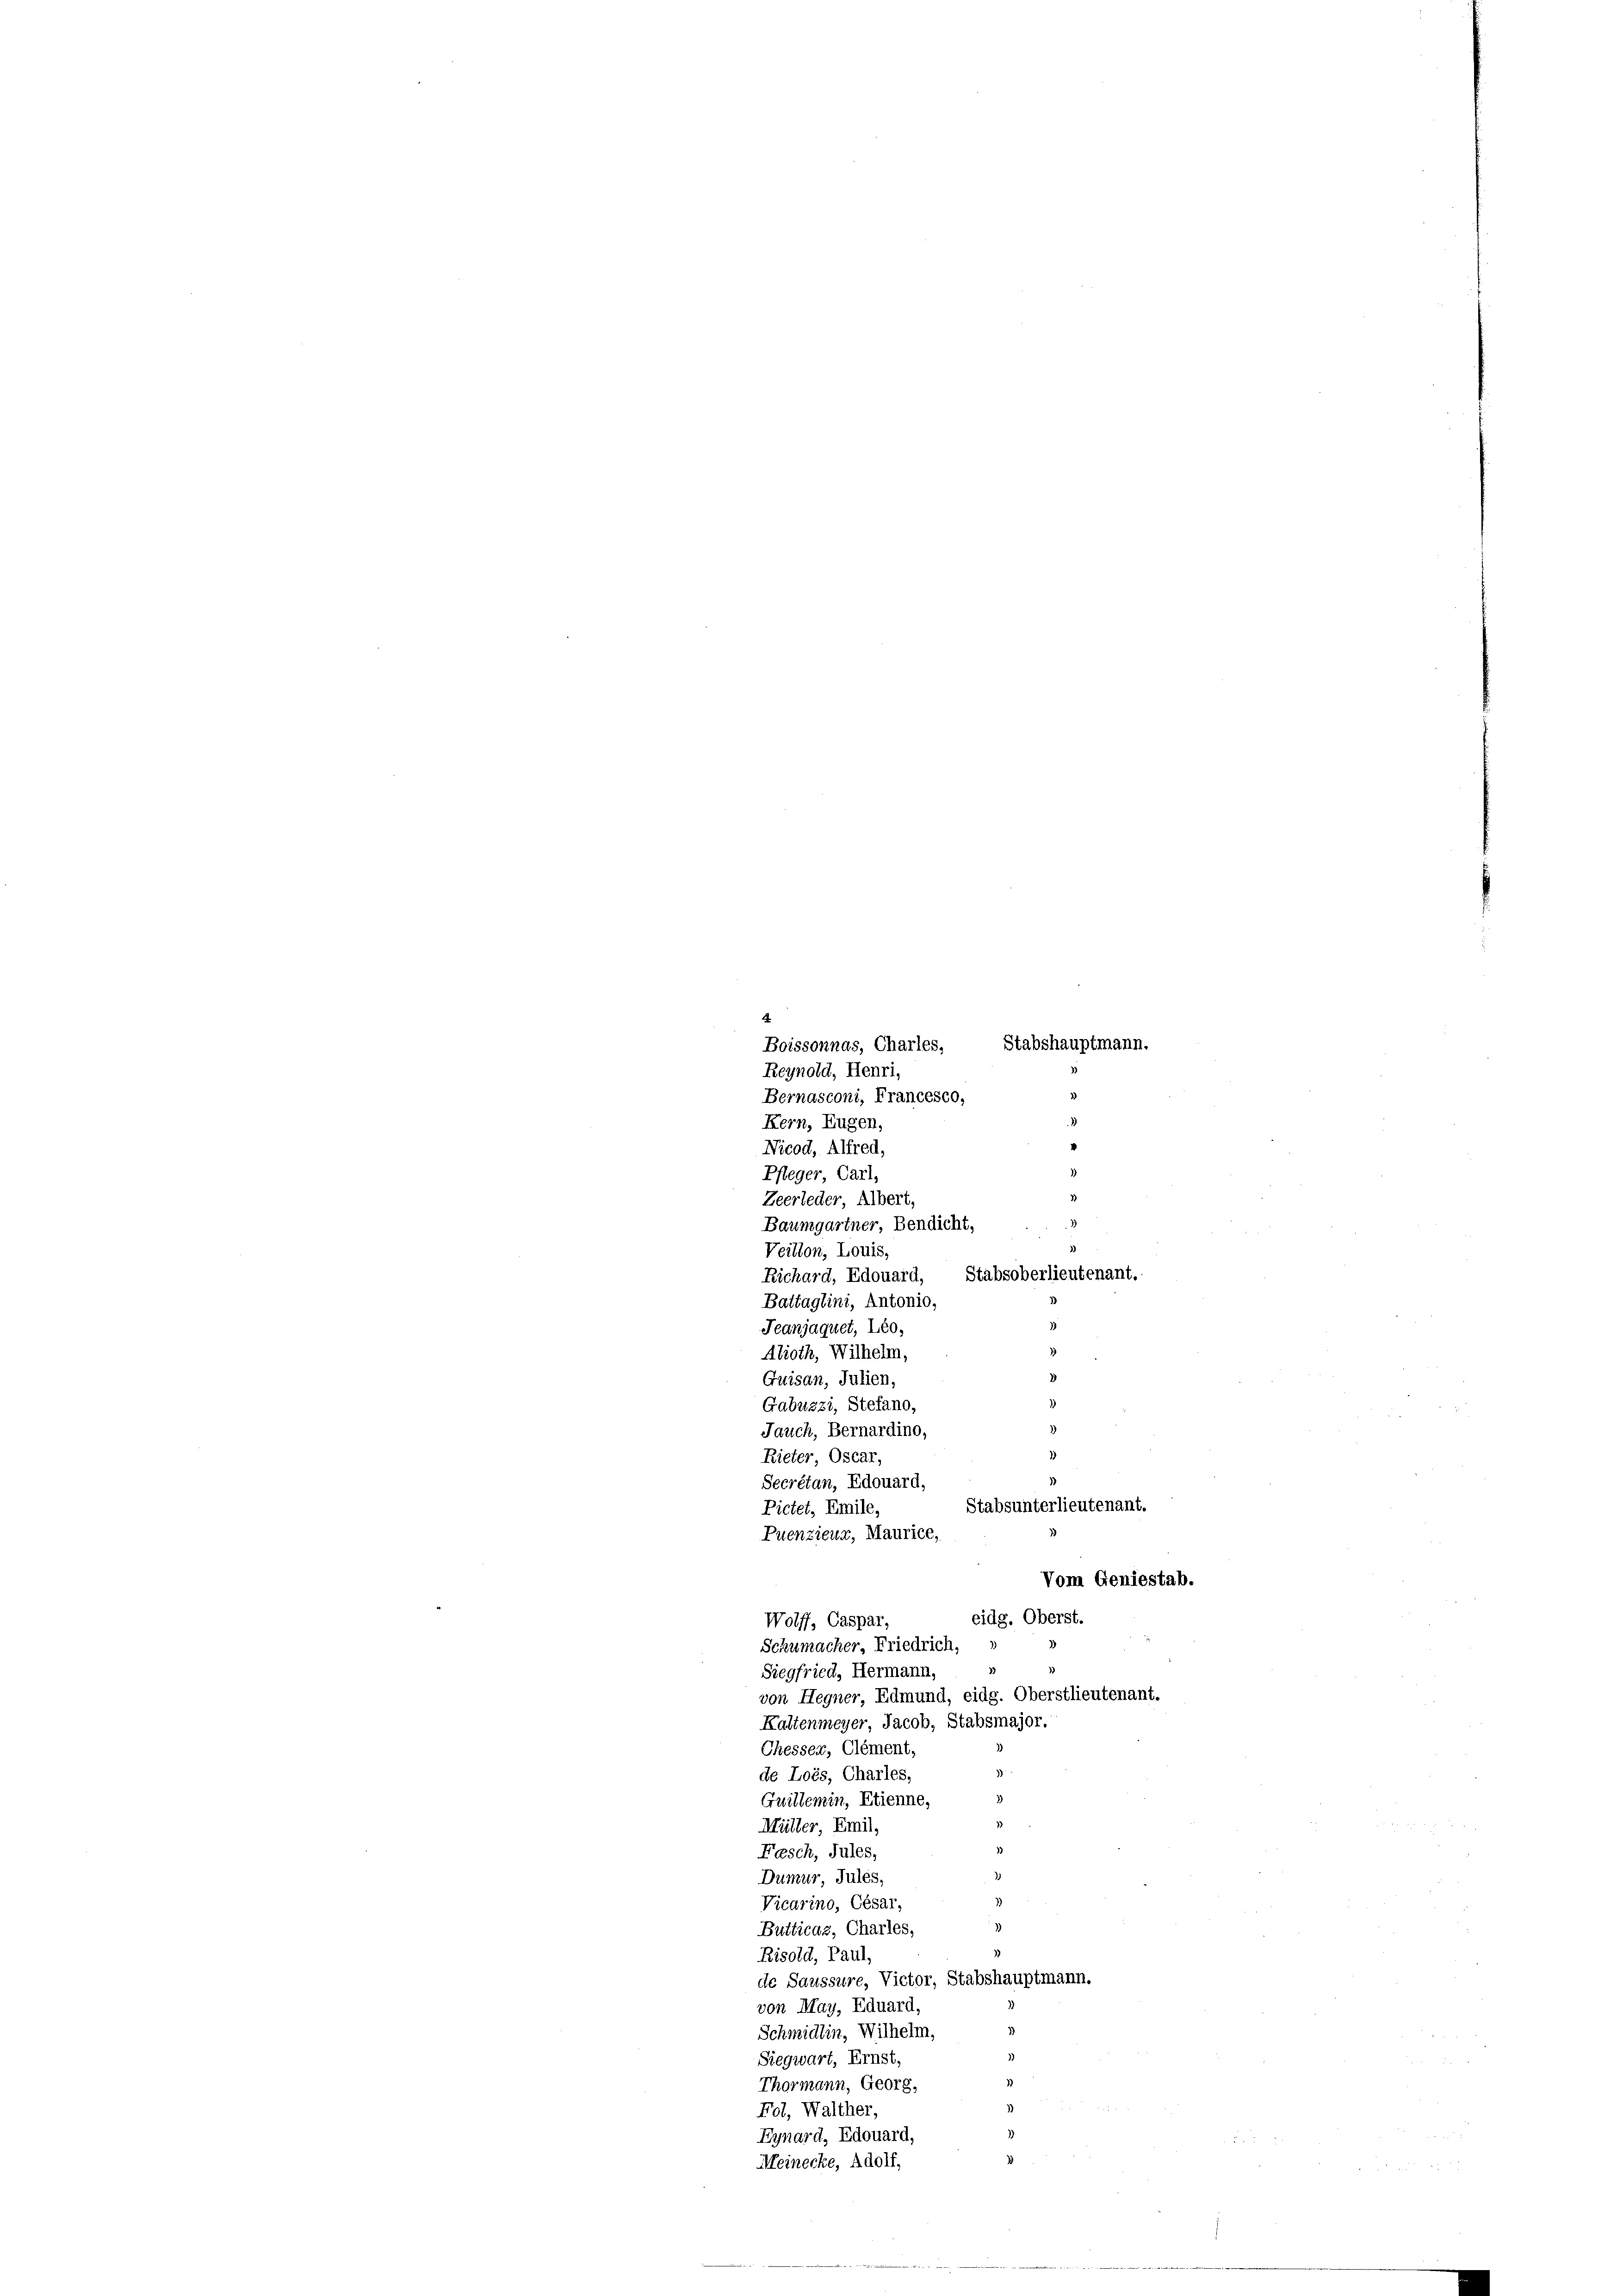
Boissonnas, Charles, Stabshauptmann.
Kern, Eugen,
Nicod, Alfred,
.
1
Pfleger Carl,
Zeerleder Albert,
Baumgartner, Bendicht,
Veillon, Louis,
Richard, Edouard, Stabsoberlieutenant.
Battaglini, Antonio,
Jeanjaquet, Leo,
Alioth, Wilhelm,
Guisan, Julien,
Gabuzzi, Stefano,
Jauch, Bernardino,
Rieter Oscar,
Secrétan, Edouard,
Pictet, Emile
Puenzieur, Maurice,
Wolff, Caspar,
Schumacher Friedrich,
Siegfried, Hermann,
von Hegner Edmund, eidg. Oberstlieutenant.
Kaltenmeyer, Jacob, Stabsmajor.
Chessen, Clement,
de Lois, Charles,
Guillemin, Etienne, »
Müller Emil,
Fasch, Jules,
Dumur Jules.
Vicarino, César,
Butticaz, Charles,
1
Risold, Paul,
de Saussure, Victor, Stabshauptmann.
von May, Eduard,
Schmidlin, Wilhelm,
Siegwart, Ernst,
Thormann, Georg,
Fol, Walther,
Eynard, Edouard,
Meinecke, Adolf,

4

Reynold, Henri,
Bernasconi, Francesco,

d
¬
1

1
.
Stabsunterlieutenant.
Vom Geniestab.
eidg. Oberst.

2)